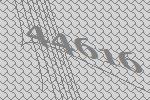
44616